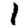
Digit: 1